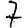
Digit: 7